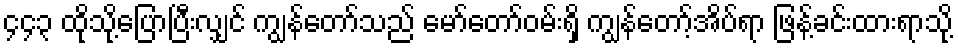
၄၄၃ ထိုသို့ပြောပြီးလျှင် ကျွန်တော်သည် မော်တော်ဝမ်းရှိ ကျွန်တော့်အိပ်ရာ ဖြန့်ခင်းထားရာသို့